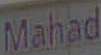
Mahad